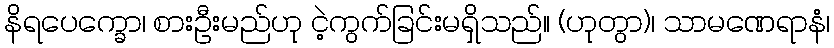
နိရပေက္ခော၊ စားဦးမည်ဟု ငဲ့ကွက်ခြင်းမရှိသည်။ (ဟုတွာ)၊ သာမဏေရာနံ၊